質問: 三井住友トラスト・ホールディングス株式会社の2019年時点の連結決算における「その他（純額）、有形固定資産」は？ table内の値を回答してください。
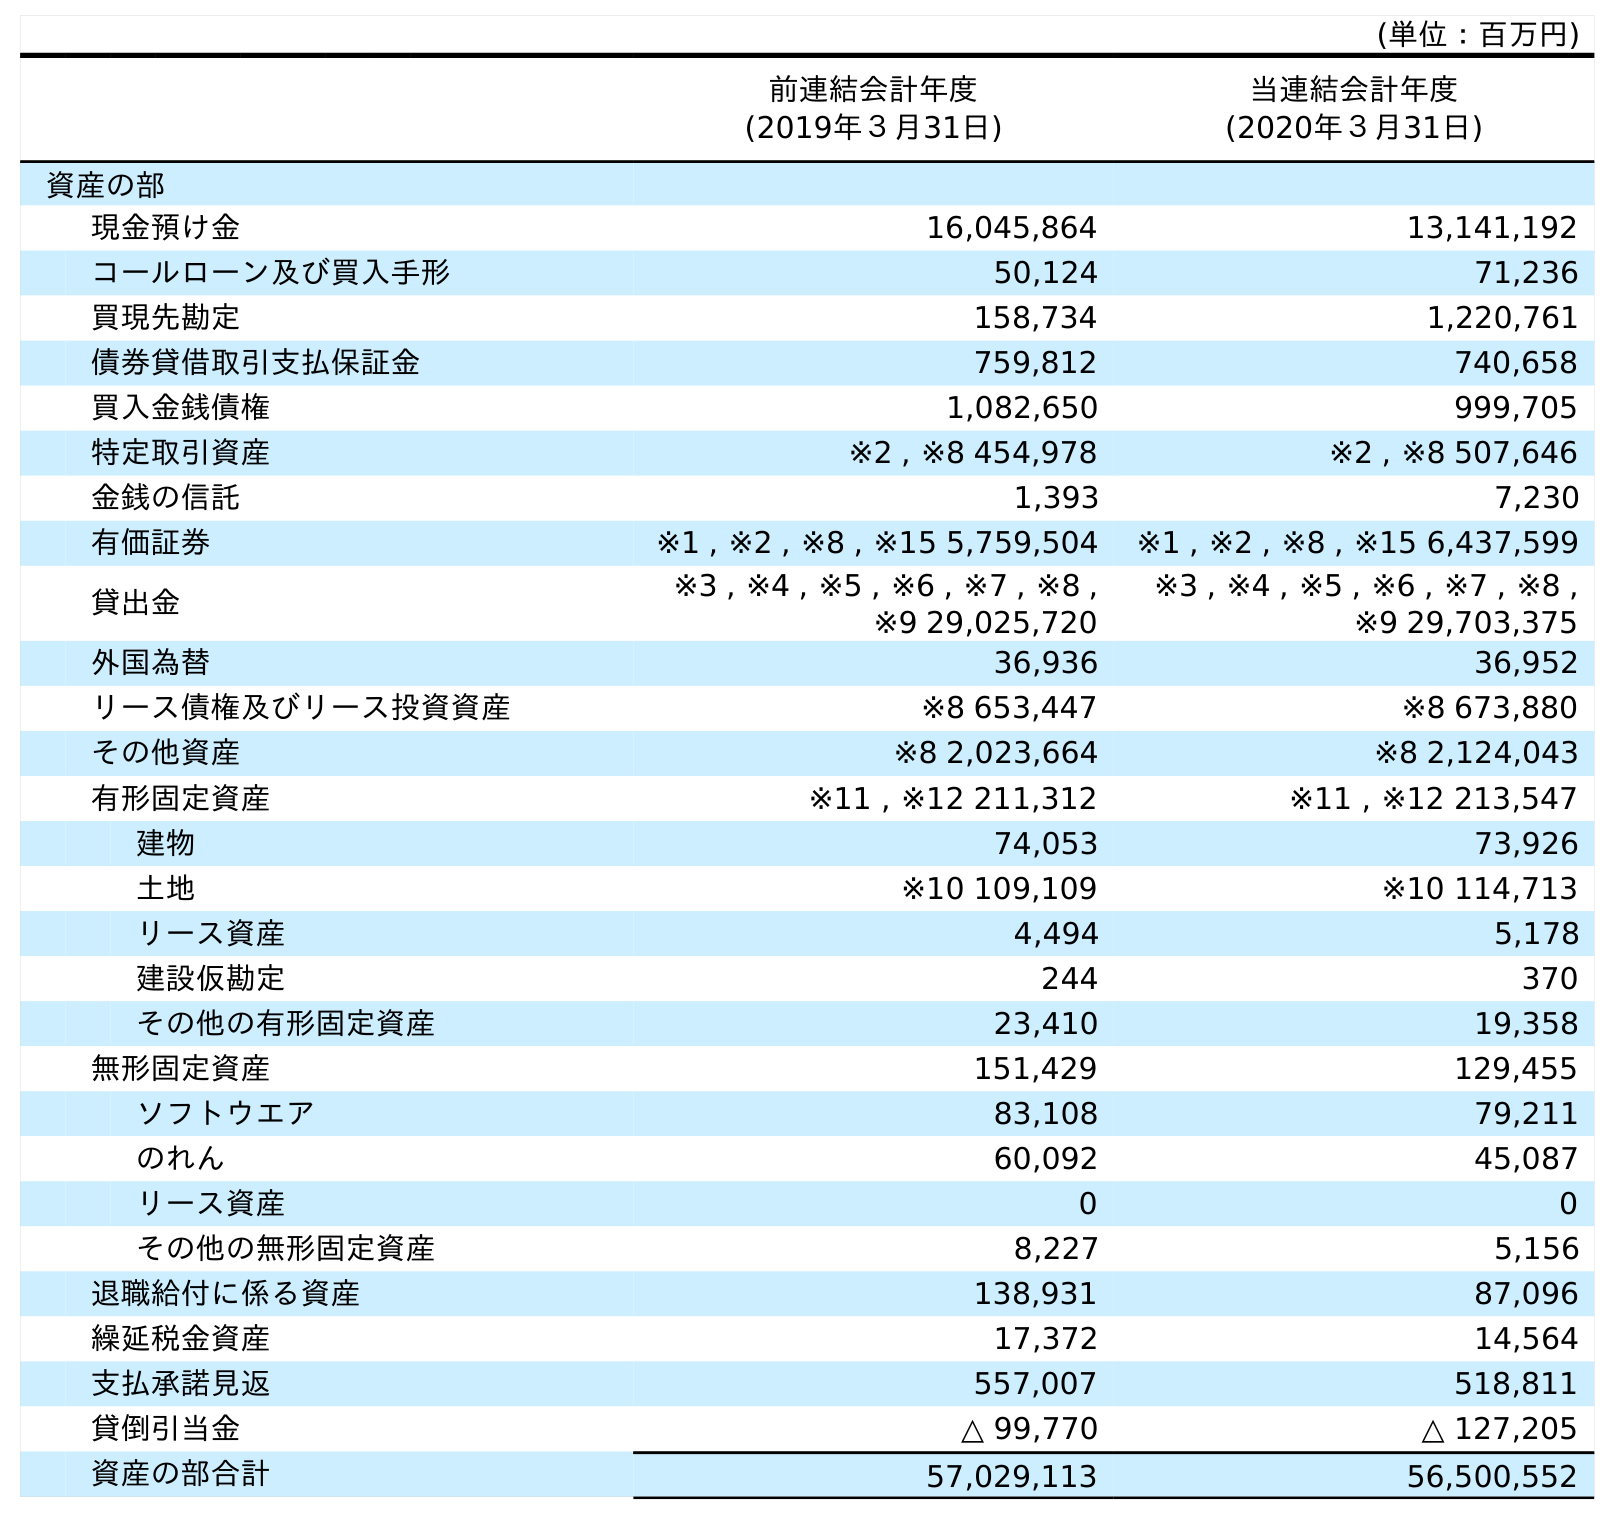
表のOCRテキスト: (単位：百万円) 前連結会計年度 (2019年３月31日) 当連結会計年度 (2020年３月31日) 資産の部 現金預け金 16,045,864 13,141,192 コールローン及び買入手形 50,124 71,236 買現先勘定 158,734 1,220,761 債券貸借取引支払保証金 759,812 740,658 買入金銭債権 1,082,650 999,705 特定取引資産 ※2 , ※8 454,978 ※2 , ※8 507,646 金銭の信託 1,393 7,230 有価証券 ※1 , ※2 , ※8 , ※15 5,759,504 ※1 , ※2 , ※8 , ※15 6,437,599 貸出金 ※3 , ※4 , ※5 , ※6 , ※7 , ※8 , ※9 29,025,720 ※3 , ※4 , ※5 , ※6 , ※7 , ※8 , ※9 29,703,375 外国為替 36,936 36,952 リース債権及びリース投資資産 ※8 653,447 ※8 673,880 その他資産 ※8 2,023,664 ※8 2,124,043 有形固定資産 ※11 , ※12 211,312 ※11 , ※12 213,547 建物 74,053 73,926 土地 ※10 109,109 ※10 114,713 リース資産 4,494 5,178 建設仮勘定 244 370 その他の有形固定資産 23,410 19,358 無形固定資産 151,429 129,455 ソフトウエア 83,108 79,211 のれん 60,092 45,087 リース資産 0 0 その他の無形固定資産 8,227 5,156 退職給付に係る資産 138,931 87,096 繰延税金資産 17,372 14,564 支払承諾見返 557,007 518,811 貸倒引当金 △ 99,770 △ 127,205 資産の部合計 57,029,113 56,500,552
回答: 23,410